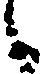
候